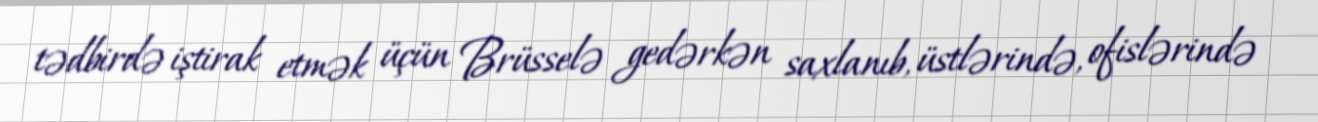
tədbirdə iştirak etmək üçün Brüsselə gedərkən saxlanıb, üstlərində, ofislərində